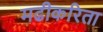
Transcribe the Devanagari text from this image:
मढीकरिता